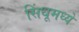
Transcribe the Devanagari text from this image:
सिंधूमध्ये